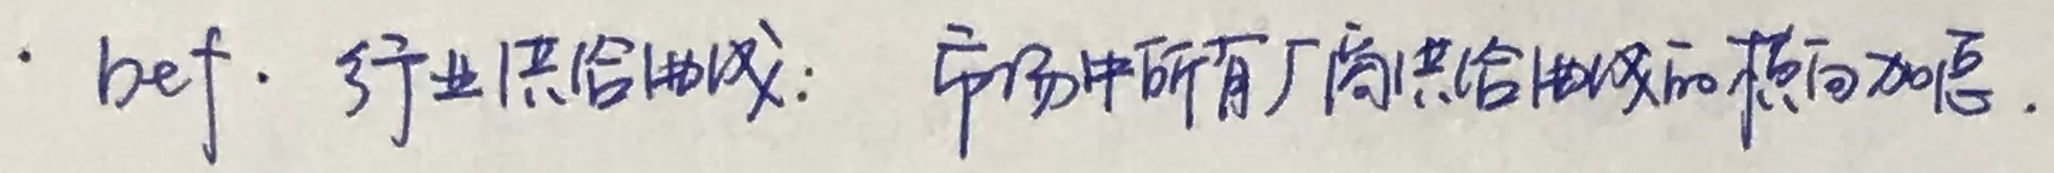
行业供给曲线: 市场中所有厂商供给曲线的横向加总.